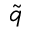
\widetilde { q }